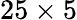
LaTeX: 25\times 5